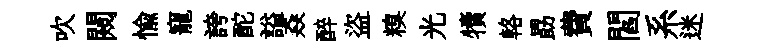
吹闚愉寵誇酡謚猋醉盜糗光犢輅勗費閻系迷